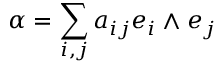
\alpha = \sum _ { i , j } a _ { i j } e _ { i } \wedge e _ { j }